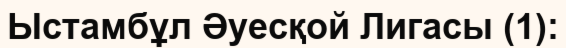
Ыстамбұл Әуесқой Лигасы (1):